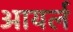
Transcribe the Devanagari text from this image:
आयर्ल